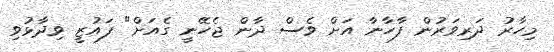
މިހާރު ދަރިވަރުން ފާހާނާ އަށް ވެސް ދާން ޖެހޭނީ ގެއަށް" ފައުޒީ ވިދާޅުވި